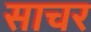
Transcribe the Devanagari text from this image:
साचर